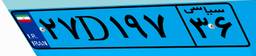
۲۷D۱۹۷۳۶